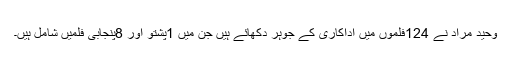
وحید مراد نے 124فلموں میں اداکاری کے جوہر دکھائے ہیں جن میں 1پشتو اور 8پنجابی فلمیں شامل ہیں۔